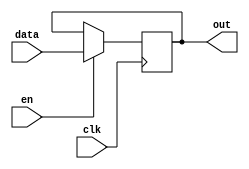
module instr_reg (
	out,
	data,
	clk,
	en
);

localparam WIDTH = 18;

output[WIDTH-1:0] out;
input[WIDTH-1:0] data;
input clk, en;

reg[WIDTH-1:0] mem;

assign out = mem;

always @(posedge clk)
begin
	if (en)
		mem <= data;
end

endmodule